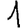
Digit: 1